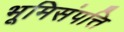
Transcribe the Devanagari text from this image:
भूमिसंपत्ति